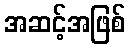
အဆင့်အဖြစ်